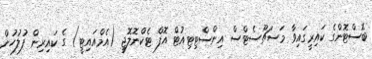
ބޮސްޓޮންގެ ކައިރީގައިވާ މަސަޗޫސެޓްސް އިންސްޓިޓިއުޓް އޮފް ޓެކްނޮލޮޖީ (އެމްއައިޓީ) ގެ ކައިރިން ފުލުހުން